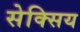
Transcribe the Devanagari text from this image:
सेक्सिय